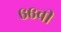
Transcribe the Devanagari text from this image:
६६वी